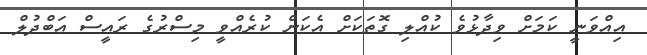
އިއްވަނީ ކަމަށް ވިދާޅުވެ ކުއްލި ގޮތަކަށް އެކަން ކުރެއްވީ މިސްރުގެ ރައީސް ޢަބްދުލް